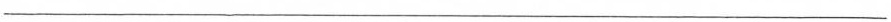
___